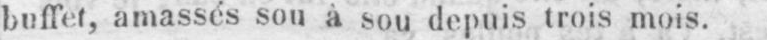
buffet, amassés sou à sou depuis trois mois.